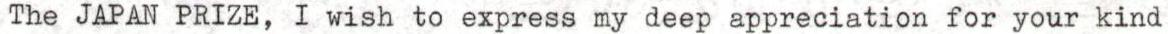
The JAPAN PRIZE, I wish to express my deep appreciation for your kind